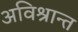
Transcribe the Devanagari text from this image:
अविश्रान्त